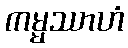
ကမ္မဿာဟံ